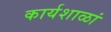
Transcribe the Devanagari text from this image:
कार्यशाळां